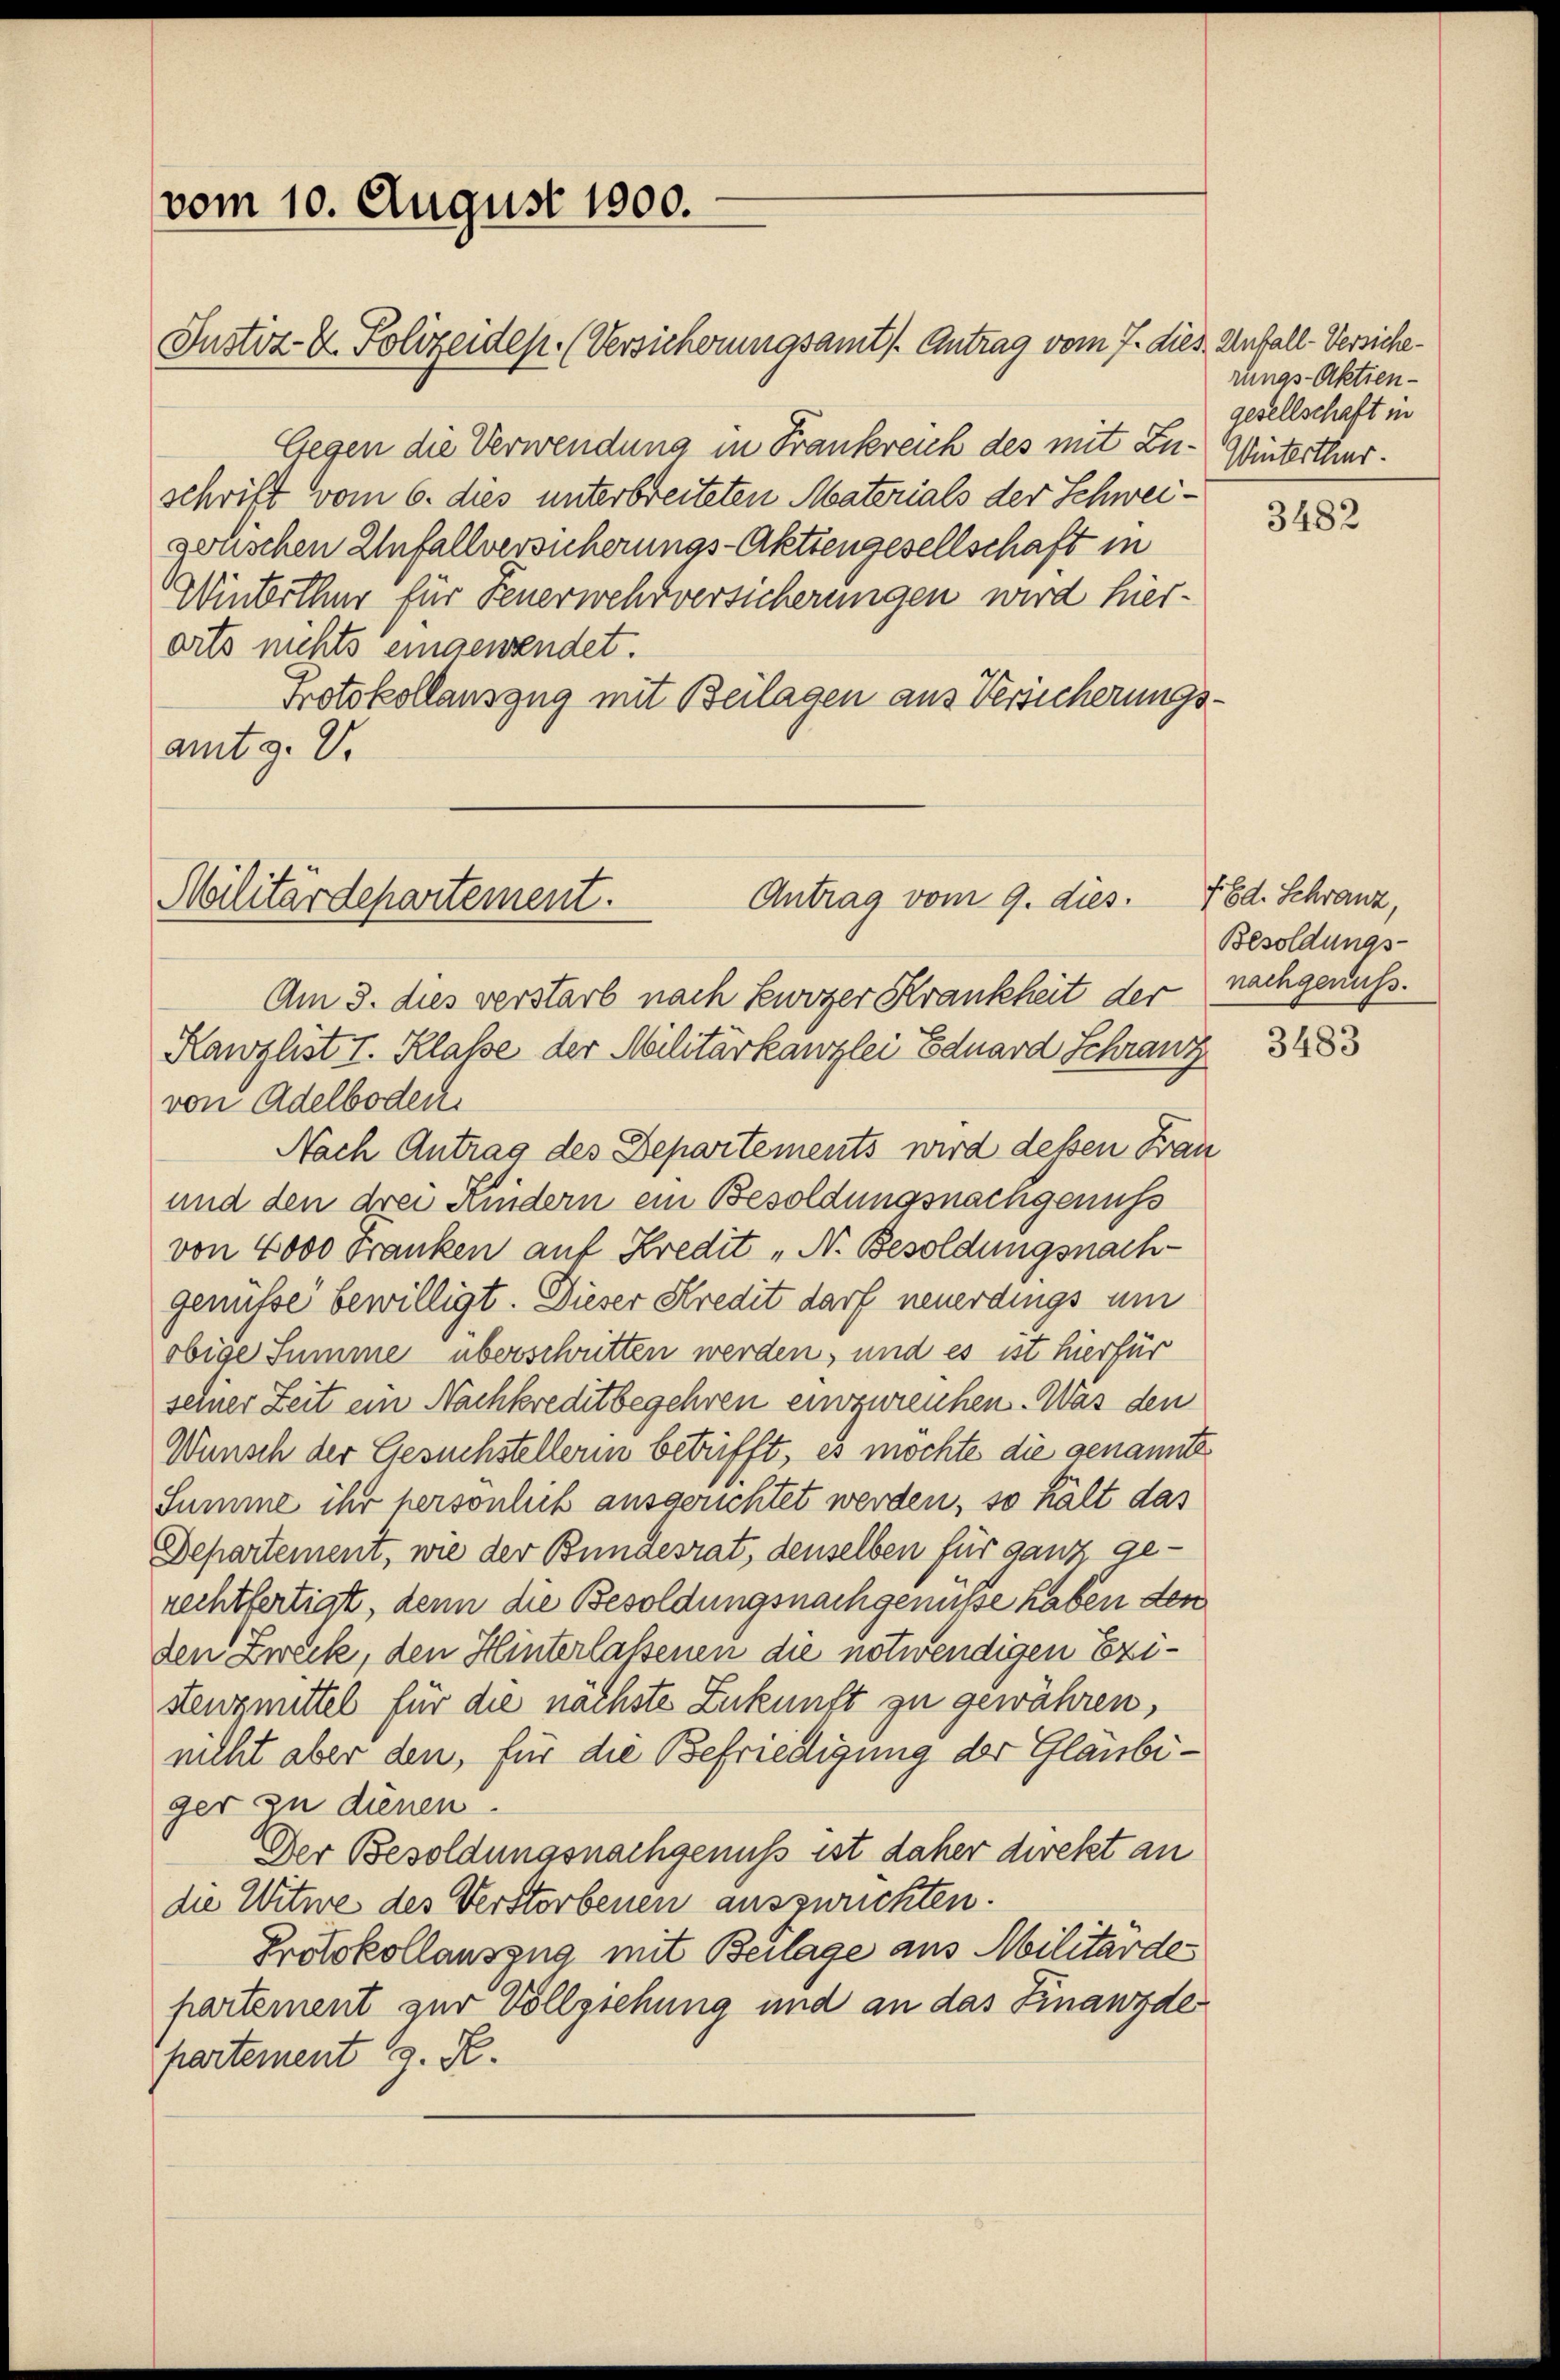
vom 10. August 1900.

Justiz- & Polizeides. (Versicherungsamts Antrag vom 7. dies Unfall-Versiche¬
Gegen die Verwendung in Frankreich des mit Zuschrift vom 6. dies unterbreiteten Materials der Schweizelischen Unfallversicherungs-Aktiengesellschaft in
Winterthur für Feuerwehrversicherungen wird hierorts nichts eingewendet.
Protokollauszug mit Beilagen aus Versicherungs-
amtg. V.

Antrag vom 9. dies.
Militärdepartement.

Am 3. dies verstarb nach Kurzer Krankheit der nachgenuss.
Kanzlist I. Klasse der Militärkanzlei Eduard Schranz
von Adelboden
Nach Antrag des Departements wird dessen Frau
und den drei Kindern ein Besoldungsnachgenuss
von 4000 Franken auf Kredit „N. Besoldungsnach-
genüsse bewilligt. Dieser Kredit darf neuerdings um
obige Summe überschritten werden, und es ist hierfür
seiner Zeit ein Nachkreditbegehren einzureichen. Was den
Wunsch der Gesuchstellerin betrifft, es möchte die genannte
Summe ihr persönlich ansgerichtet werden, so hält das
Departement, wie der Bundesrat, denselben für ganz gerechtfertigt, denn die Besoldungsnachgenüsse haben den
den Zweck, den Hinterlassenen die notwendigen Existenzmittel für die nächste Zukunft zu gewähren,
nicht aber den, für die Befriedigung der Gläubiger zu dienen.
Der Besoldungsnachgenuss ist daher direkt an
die Witwe des Verstorbenen auszurichten.
Protokollauszug mit Beilage aus Militärde
partement zur Vollziehung und an das Finanzde
partement z. R.

rungs-Aktiengesellschaft in
Winterthur.

3482

Frd. Schranz,
Besoldungs-

3483